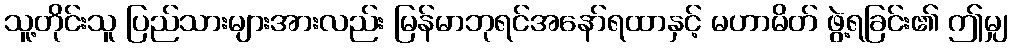
သူ့တိုင်းသူ ပြည်သားများအားလည်း မြန်မာဘုရင်အနော်ရထာနှင့် မဟာမိတ် ဖွဲ့ရခြင်း၏ ဤမျှ